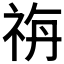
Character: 𥙡